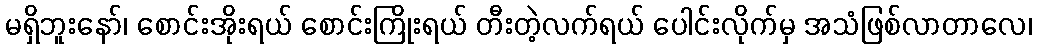
မရှိဘူးနော်၊ စောင်းအိုးရယ် စောင်းကြိုးရယ် တီးတဲ့လက်ရယ် ပေါင်းလိုက်မှ အသံဖြစ်လာတာလေ၊